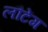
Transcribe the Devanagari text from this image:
लौटेंग